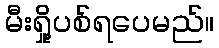
မီးရှို့ပစ်ရပေမည်။